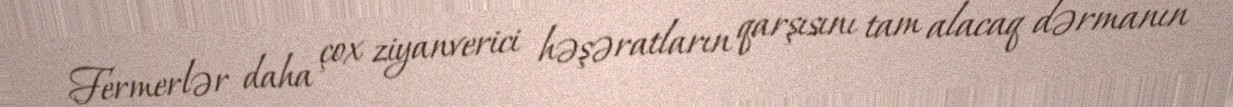
Fermerlər daha çox ziyanverici həşəratların qarşısını tam alacaq dərmanın